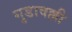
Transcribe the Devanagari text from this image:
गुडावल्ली